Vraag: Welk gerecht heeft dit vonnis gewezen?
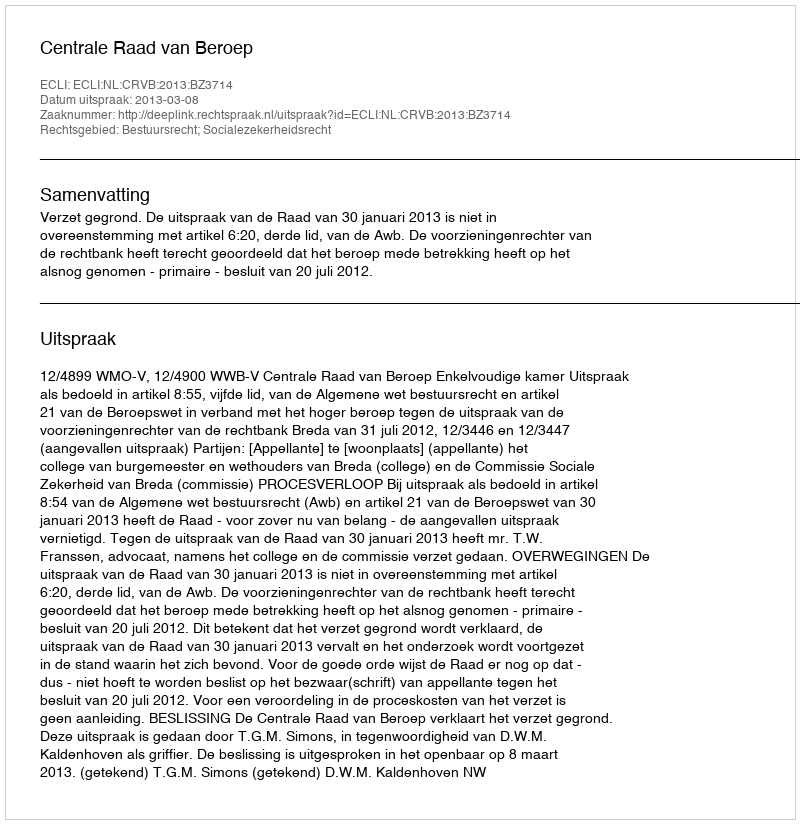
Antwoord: Centrale Raad van Beroep